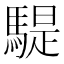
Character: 騠